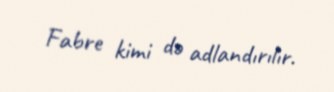
Fabre kimi də adlandırılır.